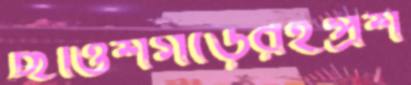
ছত্তিশগড়েরইপ্রশ